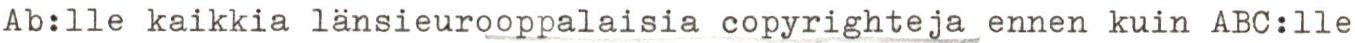
Ab:lle kaikkia länsieurooppalaisia copyrighteja ennen kuin ABC:lle